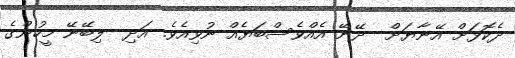
ދެކޮޅަށް އޭނާޔަށް  ދޭނޭ އެއްވެސްބަޔެއް ނުވިއެވެ. އަދި  ލިބޭނޭ މީހުންގެ